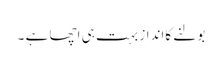
بولنے کاانداز بہت ہی اچھا ہے ۔